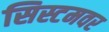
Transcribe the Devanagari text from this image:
सिस्टमवर